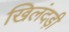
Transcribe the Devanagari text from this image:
खिलंदड़ी